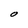
Character: O